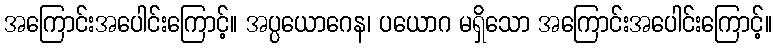
အကြောင်းအပေါင်းကြောင့်။ အပ္ပယောဂေန၊ ပယောဂ မရှိသော အကြောင်းအပေါင်းကြောင့်။